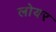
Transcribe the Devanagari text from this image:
लोयर